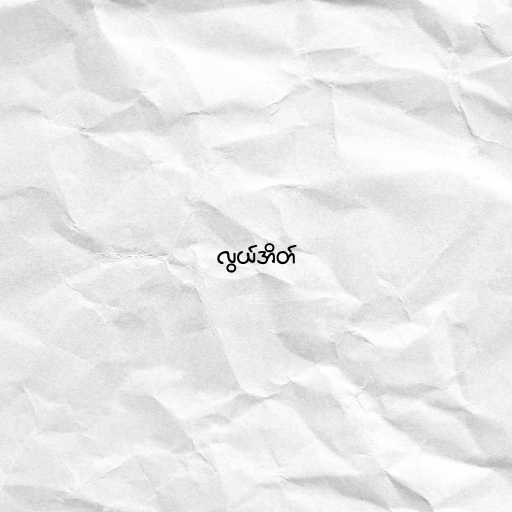
လွယ်အိတ်